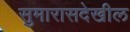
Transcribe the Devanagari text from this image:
सुमारासदेखील